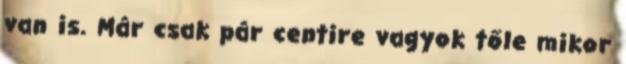
van is. Már csak pár centire vagyok tőle mikor